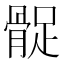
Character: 𩩔